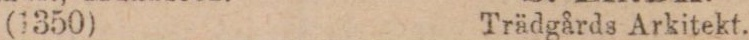
(1350) Trädgårds Arkitekt.